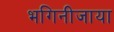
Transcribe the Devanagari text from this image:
भगिनीजाया